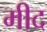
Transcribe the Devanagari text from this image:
मीद